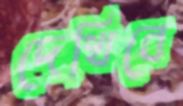
দেখিবে